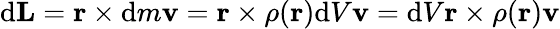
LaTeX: \mathrm{d}\mathbf{{L}}=\mathbf{{r}}\times\mathrm{d}m\mathbf{{v}}=\mathbf{{r}}\times\rho(\mathbf{{r}})\mathrm{d}V\mathbf{{v}}=\mathrm{d}V\mathbf{{r}}\times\rho(\mathbf{{r}})\mathbf{{v}}